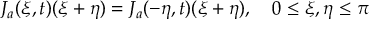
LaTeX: J _ { a } ( \xi , t ) \d ( \xi + \eta ) = J _ { a } ( - \eta , t ) \d ( \xi + \eta ) , \quad 0 \le \xi , \eta \le \pi